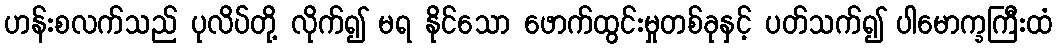
ဟန်းစလက်သည် ပုလိပ်တို့ လိုက်၍ မရ နိုင်သော ဖောက်ထွင်းမှုတစ်ခုနှင့် ပတ်သက်၍ ပါမောက္ခကြီးထံ